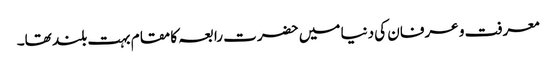
معرفت و عرفان کی دنیا میں حضرت رابعہ کا مقام بہت بلند تھا۔